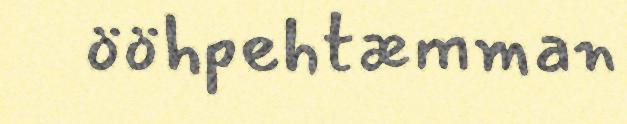
ööhpehtæmman